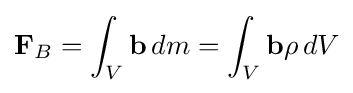
\mathbf {F} _{B}=\int _{V}\mathbf {b} \,dm=\int _{V}\mathbf {b} \rho \,dV